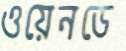
ওয়েনডে